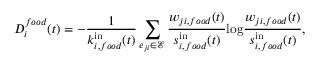
D _ { i } ^ { f o o d } ( t ) = - \frac { 1 } { k _ { i , f o o d } ^ { \mathrm { i n } } ( t ) } \sum _ { e _ { j i } \in { \mathscr { E } } } \frac { w _ { j i , f o o d } ( t ) } { s _ { i , f o o d } ^ { \mathrm { i n } } ( t ) } \mathrm { l o g } \frac { w _ { j i , f o o d } ( t ) } { s _ { i , f o o d } ^ { \mathrm { i n } } ( t ) } ,